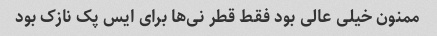
ممنون خیلی عالی بود فقط قطر نی‌ها برای ایس پک نازک بود